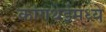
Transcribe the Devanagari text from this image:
कांगथेईमध्ये